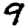
Digit: 9